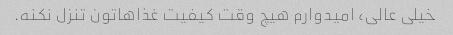
خیلی عالی، امیدوارم هیچ وقت کیفیت غذاهاتون تنزل نکنه.